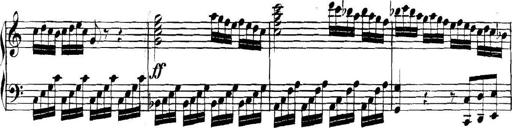
Title: Collected Piano Sonatas
Composer: Muzio Clementi